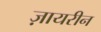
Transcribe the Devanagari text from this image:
ज़ायरीन